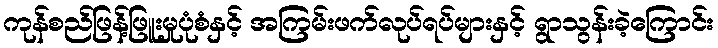
ကုန်စည်ဖြန့်ဖြူးမှုပုံစံနှင့် အကြမ်းဖက်လုပ်ရပ်များနှင့် ရွာသွန်းခဲ့ကြောင်း